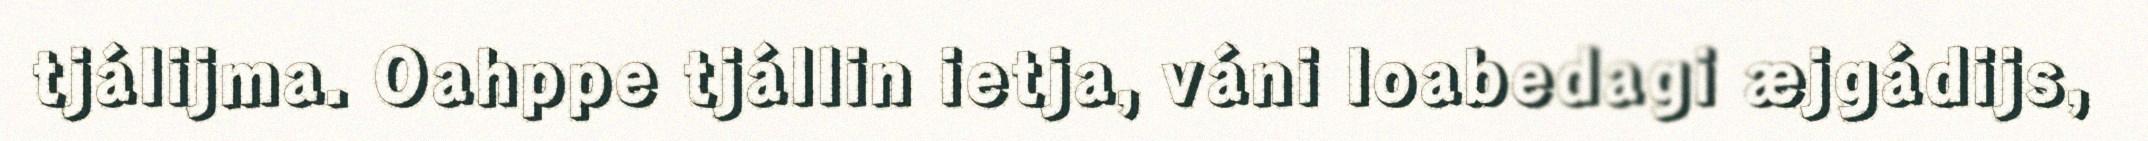
tjálijma. Oahppe tjállin ietja, váni loabedagi æjgádijs,